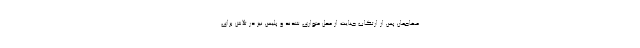
مهاجمان پس از ارتکاب جنایت از محل متواری شدند و پلیس نیز در تلاش برای